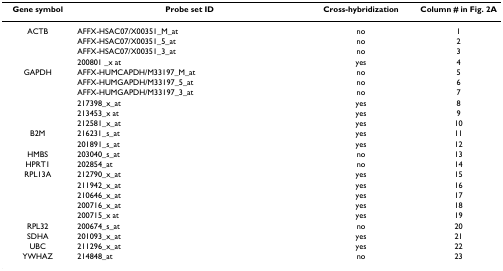
| Gene symbol | Probe set ID | Cross-hybridization | Column # in Fig. 2A |
 | --- | --- | --- | --- |
 | ACTB | AFFX-HSAC07/X00351_M_at | no | 1 |
 |  | AFFX-HSAC07/X00351_5_at | no | 2 |
 |  | AFFX-HSAC07/X00351_3_at | no | 3 |
 |  | 200801 _x at | yes | 4 |
 | GAPDH | AFFX-HUMCAPDH/M33197_M_at | no | 5 |
 |  | AFFX-HUMGAPDH/M33197_5_at | no | 6 |
 |  | AFFX-HUMGAPDH/M33197_3_at | no | 7 |
 |  | 217398_x_at | yes | 8 |
 |  | 213453_x at | yes | 9 |
 |  | 212581_x_at | yes | 10 |
 | B2M | 216231_s_at | yes | 11 |
 |  | 201891_s_at | yes | 12 |
 | HMBS | 203040_s_at | no | 13 |
 | HPRT1 | 202854_at | no | 14 |
 | RPL13A | 212790_x_at | yes | 15 |
 |  | 211942_x_at | yes | 16 |
 |  | 210646_x_at | yes | 17 |
 |  | 200716_x_at | yes | 18 |
 |  | 200715_x at | yes | 19 |
 | RPL32 | 200674_s_at | no | 20 |
 | SDHA | 201093_x_at | yes | 21 |
 | UBC | 211296_x_at | yes | 22 |
 | YWHAZ | 214848_at | no | 23 |